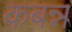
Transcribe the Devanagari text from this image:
कबन्न